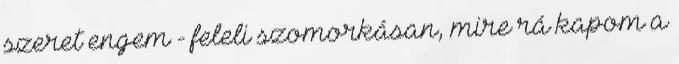
szeret engem - feleli szomorkásan, mire rá kapom a